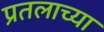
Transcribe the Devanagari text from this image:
प्रतलाच्या